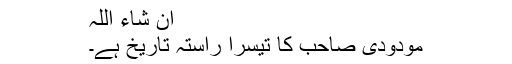
ان شاء اللہ
مودودی صاحب کا تیسرا راستہ تاریخ ہے۔